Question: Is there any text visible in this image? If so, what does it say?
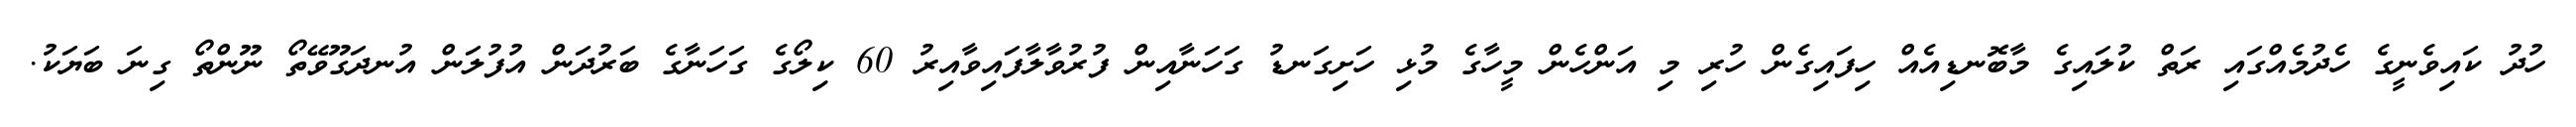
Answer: ހުދު ކައިވެނީގެ ހެދުމެއްގައި ރަތް ކުލައިގެ މާބޮނޑިއެއް ހިފައިގެން ހުރި މި އަންހެން މީހާގެ މުޅި ހަށިގަނޑު ގަހަނާއިން ފުރުވާލާފައިވާއިރު 60 ކިލޯގެ ގަހަނާގެ ބަރުދަން އުފުލަން އުނދަގޫވޭތޯ ނޫންތޯ ގިނަ ބަޔަކު.